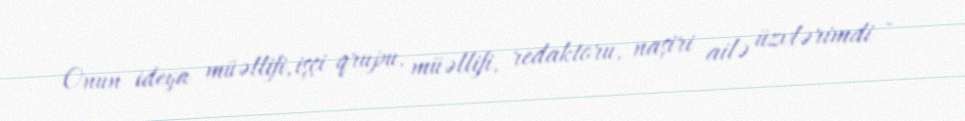
Onun ideya müəllifi, işçi qrupu, müəllifi, redaktoru, naşiri ailə üzvlərimdi -